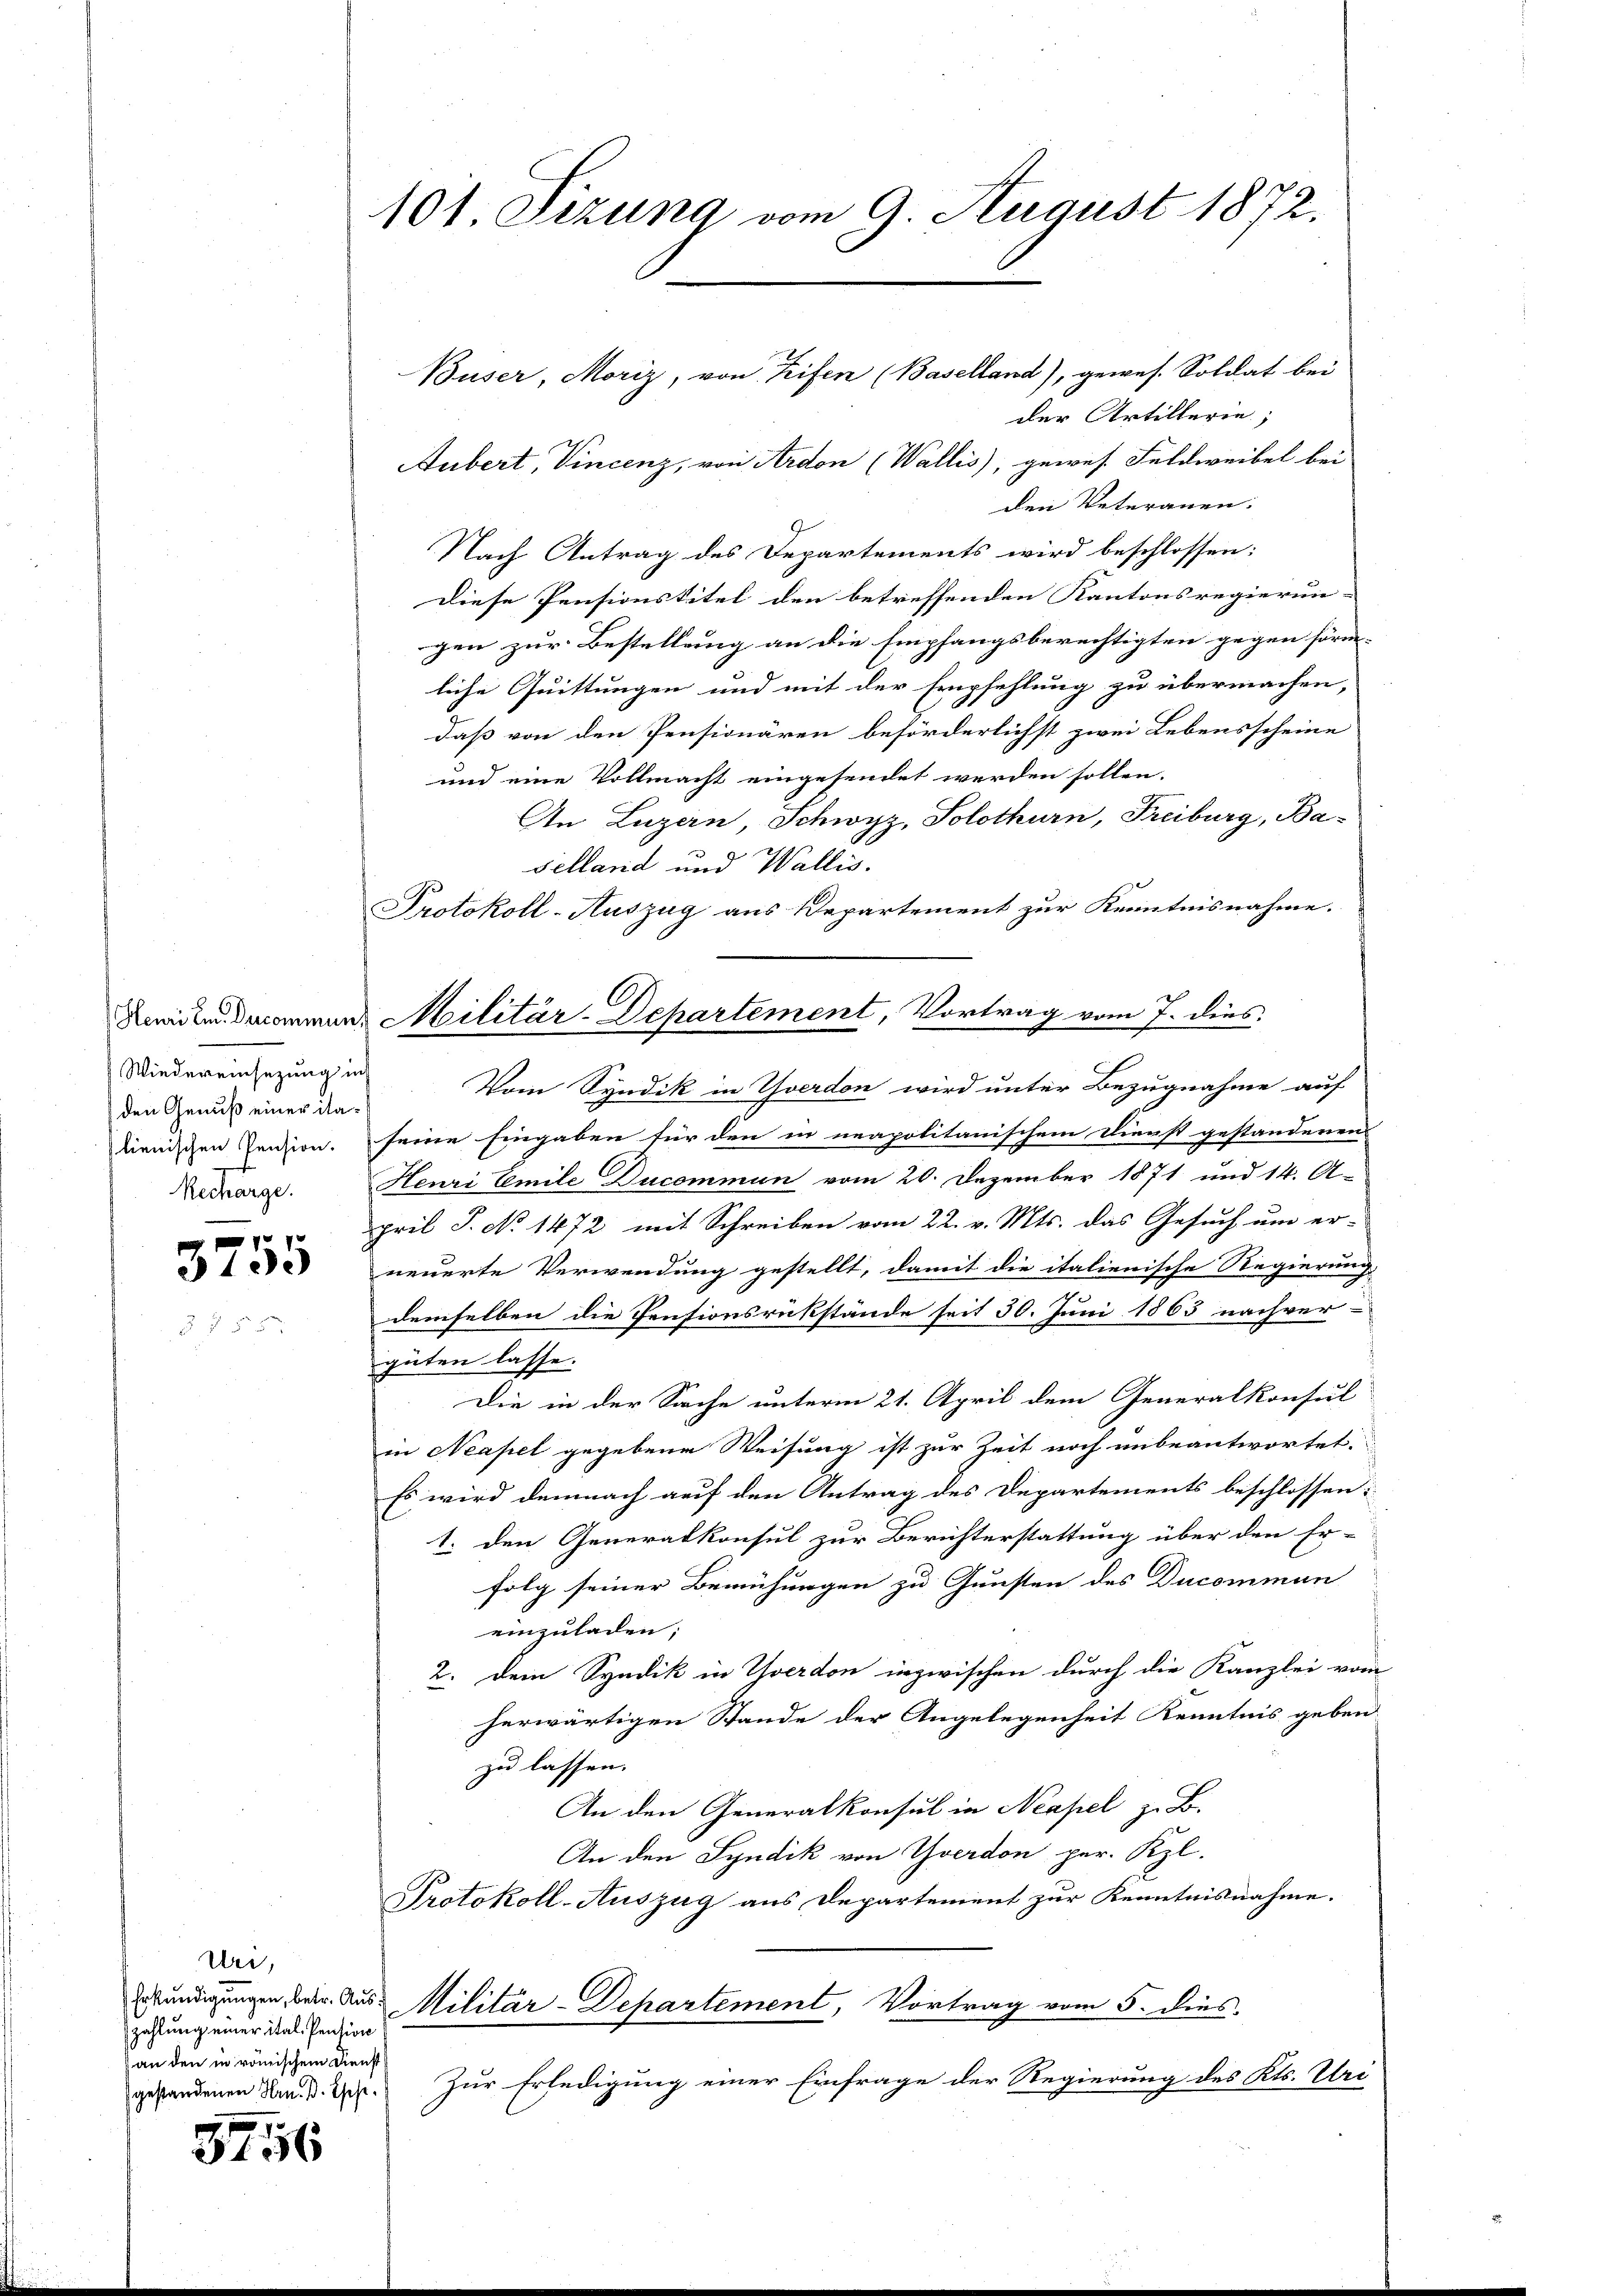
Wiedereinsezung in
den Genuß einer italienischen Pension.
Recharge.

310.

Der,
zahlung einer ital. Pension
an den in römischem Dienst
gestandenen Hrn. B. Esche.

5756

101 Sizung vom 9. August 1872.

der Artillerie,
Gubert, Vincenz, von Ardon (Wallis, gewes Feldweibel bei
den Veterauen.
Nach Antrag des Departements wird beschlossen:
Diese Pensionstitel den betreffenden Kantonsregierun-
gen zur Bestellung an die Empfangsberechtigten gegen förm-
liche Quittungen und mit der Empfehlung zu übermachen,
daß von den Pensionären beförderlichst zwei Lebensscheine
und eine Vollmacht eingesendet werden sollen.
An Luzern Schwyz, Solothurn, Freiburg, Baselland und Wallis.
Protokoll-Auszug aus Departement zur Kenntnisnahme.
Vom Syndik in Yverdon wird unter Bezugnahme auf
seine Eingaben für den in neapolitanischem Dienst gestandenen
Henri Emile Ducommun vom 20. Dezember 1871 und 14. A.
pril S. No 1472 mit Schreiben vom 22. v. Mts. das Gesuch um er-
neuerte Verwendung gestellt, damit die italienische Regierung
demselben die Pensionsrückstände seit 50. Juni 1863 nachver-
güten lasse.
Die in der Sache unterm 21. April dem Generalkonsul
in Neapel gegebene Weisung ist zur Zeit noch unbeantwortet.
Es wird demnach auf den Antrag des Departements beschlossen:
1. den Generalkonsul zur Berichterstattung über den Er-
folg seiner Bemühungen zu Gunsten des Ducommun
einzuladen;
2. Dem Syndik in Yverdon inzwischen durch die Kanzlei vom
herwärtigen Stande der Angelegenheit Kenntnis geben.
zu lassen.
An den Generalkonsul in Neapel z. B.
An den Syndik von Yverdon per. Kzl.
Protokoll-Auszug aus Departement zur Kenntnisnahme.
Erkundigungen der Aus Militär-Departement, Vortrag vom 5. dies
Zur Erledigung einer Einfrage der Regierung des Kts. Uri

Sawicken denommen Militär-Departement, Vortrag vom 7. dies

Buser, Moriz, von Reifen (Baselland), gewes. Soldat bei